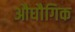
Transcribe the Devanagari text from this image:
औघौगिक